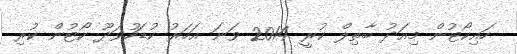
ހައިކޯޓުން މިއަދު ބާތިލް ކުރީ 2014 ވަނަ އަހަރު ކުޑަހުވަދޫ ކޯޓުން ކުރި